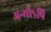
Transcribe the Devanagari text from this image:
अन्योऽपि